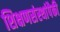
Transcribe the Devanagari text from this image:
शिक्षणसंस्थांपैकी